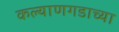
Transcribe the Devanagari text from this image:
कल्याणगडाच्या